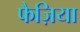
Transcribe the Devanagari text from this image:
फैज़िया